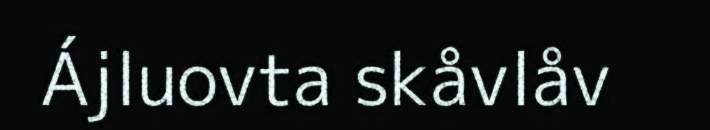
Ájluovta skåvlåv